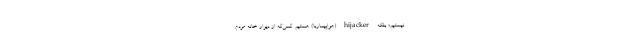
نیستیم؛ بلکه hijacker (هواپیماربا) هستیم. کسی‌که از دیوار خانه مردم